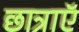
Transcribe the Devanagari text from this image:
छात्राएॅ